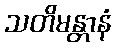
သတိမန္တာနံ